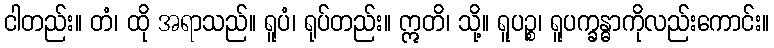
ငါတည်း။ တံ၊ ထို အရာသည်။ ရူပံ၊ ရုပ်တည်း။ ဣတိ၊ သို့။ ရူပဉ္စ၊ ရူပက္ခန္ဓာကိုလည်းကောင်း။